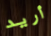
أريد